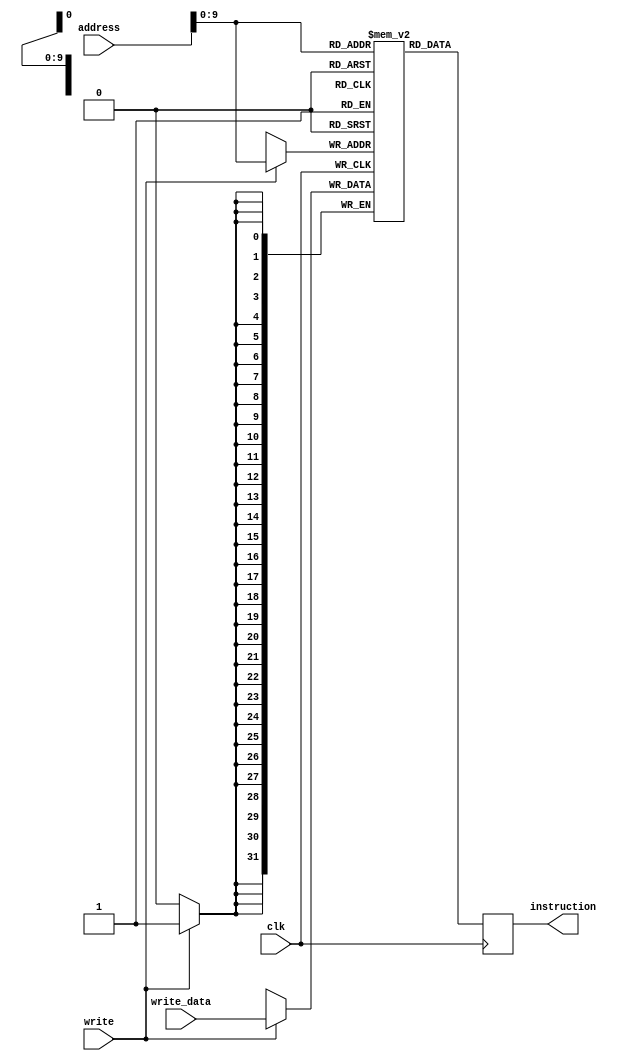
module data_inst(address, write_data, write, instruction, clk);

input clk;

input write;

input[31:0] write_data;

input[31:0] address;

output reg[0:31] instruction;//DATA INST sera a unica em EM BIG ENDIAN

reg[0:31] registers[1000:0];//As instrucoes armazenadas tambem estao em BIG ENDIAN

//wire[0:31] registers[1500:0];

always @(posedge clk)
begin	
	if(write)
	begin
		registers[address] <= write_data;
	end
end

always @(negedge clk)
begin
	instruction <= registers[address];
end

/*assign registers[0] = {32'b01110000000000000000000000000000};
assign registers[1] = {32'b10110001XXXXXXXXXXXXXXXXXXXXXXXX};
assign registers[2] = {32'b01111111000000000000000000000000};
assign registers[3] = {32'b01111101100000000000111111111111};
assign registers[4] = {32'b0110XXXX00000XXXXX11010000000001};
assign registers[5] = {32'b00010101110101101000000000000010};
assign registers[6] = {32'b1000000011010XXXXX11001XXXXXXXXX};
assign registers[7] = {32'b01000000000000000000000001100011};
assign registers[8] = {32'b0110XXXX11010XXXXX11001111111110};
assign registers[9] = {32'b0110XXXX11010XXXXX10100111111111};
assign registers[10] = {32'b0100001010100XXXXXXXXXXXXXXXXXXX};
assign registers[11] = {32'b1000000000010XXXXX11000XXXXXXXXX};
assign registers[12] = {32'b00011000110000010111000XXXXXXXXX};
assign registers[13] = {32'b00010100110000001111000XXXXXXXXX};
assign registers[14] = {32'b00011000110000011111000XXXXXXXXX};
assign registers[15] = {32'b00010100110000010011000XXXXXXXXX};
assign registers[16] = {32'b0100001011111XXXXXXXXXXXXXXXXXXX};
assign registers[17] = {32'b1000000011111XXXXX01010XXXXXXXXX};
assign registers[18] = {32'b0110XXXX11011XXXXX00010000000011};
assign registers[19] = {32'b0110XXXX11011XXXXX00011000000010};
assign registers[20] = {32'b0110XXXX11011XXXXX00101000000001};
assign registers[21] = {32'b00010101110111101100000000000011};
assign registers[22] = {32'b01110010000000000000000000000001};
assign registers[23] = {32'b1000000000000XXXXX00110XXXXXXXXX};
assign registers[24] = {32'b1000000000101XXXXX00111XXXXXXXXX};
assign registers[25] = {32'b01110110100000000000000100000000};
assign registers[26] = {32'b01110111111111111111111111111111};
assign registers[27] = {32'b01000001000000000000000000001011};
assign registers[28] = {32'b1001XXXX0110011000XXXX0010000000};
assign registers[29] = {32'b01000011011000111100000000100011};
assign registers[30] = {32'b010100000011101100XXXXX000000001};
assign registers[31] = {32'b00010101001110011100000000000001};
assign registers[32] = {32'b00010101001100011000000000000001};
assign registers[33] = {32'b00010101110001100000000000000001};
assign registers[34] = {32'b01000000000000000000000000011100};
assign registers[35] = {32'b010100000010100110XXXXX000000000};
assign registers[36] = {32'b1000000000110XXXXX11000XXXXXXXXX};
assign registers[37] = {32'b0100001001010XXXXXXXXXXXXXXXXXXX};
assign registers[38] = {32'b0110XXXX11011XXXXX01100000000010};
assign registers[39] = {32'b0110XXXX11011XXXXX01101000000001};
assign registers[40] = {32'b00010101110111101100000000000010};
assign registers[41] = {32'b01110111000000000000000100000000};
assign registers[42] = {32'b0011XXXX0110001110XXXXXXXXXXXXXX};
assign registers[43] = {32'b10000001XXXXXXXXXX01111XXXXXXXXX};
assign registers[44] = {32'b010100000110101111XXXXX000000001};
assign registers[45] = {32'b10000010XXXXXXXXXX01100XXXXXXXXX};
assign registers[46] = {32'b0011XXXX0110001110XXXXXXXXXXXXXX};
assign registers[47] = {32'b10000001XXXXXXXXXX01111XXXXXXXXX};
assign registers[48] = {32'b010100000110101111XXXXX000000000};
assign registers[49] = {32'b0100001011111XXXXXXXXXXXXXXXXXXX};
assign registers[50] = {32'b00010101110111101100000000000001};
assign registers[51] = {32'b0110XXXX11011XXXXX01101000000000};
assign registers[52] = {32'b1010XXXX0110100000XXXX0000000000};
assign registers[53] = {32'b0100001011111XXXXXXXXXXXXXXXXXXX};
assign registers[54] = {32'b0110XXXX11011XXXXX01100000000100};
assign registers[55] = {32'b0110XXXX11011XXXXX01101000000011};
assign registers[56] = {32'b0110XXXX11011XXXXX01110000000010};
assign registers[57] = {32'b0110XXXX11011XXXXX01111000000001};
assign registers[58] = {32'b00010101110111101100000000000100};
assign registers[59] = {32'b010100000110000000XXXXX000000000};
assign registers[60] = {32'b010100000110000000XXXXX000000001};
assign registers[61] = {32'b010100000110000000XXXXX000000010};
assign registers[62] = {32'b010100000110000000XXXXX000000011};
assign registers[63] = {32'b010100000110000000XXXXX000000100};
assign registers[64] = {32'b010100000110000000XXXXX000000101};
assign registers[65] = {32'b010100000110000000XXXXX000000110};
assign registers[66] = {32'b010100000110000000XXXXX000000111};
assign registers[67] = {32'b010100000110000000XXXXX000001000};
assign registers[68] = {32'b010100000110000000XXXXX000001001};
assign registers[69] = {32'b010100000110000000XXXXX000001010};
assign registers[70] = {32'b010100000110000000XXXXX000001011};
assign registers[71] = {32'b010100000110000000XXXXX000001100};
assign registers[72] = {32'b010100000110000000XXXXX000001101};
assign registers[73] = {32'b010100000110000000XXXXX000001110};
assign registers[74] = {32'b010100000110000000XXXXX000001111};
assign registers[75] = {32'b010100000110000000XXXXX000010000};
assign registers[76] = {32'b010100000110000000XXXXX000010001};
assign registers[77] = {32'b010100000110000000XXXXX000010010};
assign registers[78] = {32'b010100000110000000XXXXX000010011};
assign registers[79] = {32'b010100000110000000XXXXX000010100};
assign registers[80] = {32'b010100000110000000XXXXX000010101};
assign registers[81] = {32'b010100000110000000XXXXX000010110};
assign registers[82] = {32'b010100000110000000XXXXX000010111};
assign registers[83] = {32'b010100000110001101XXXXX000011000};
assign registers[84] = {32'b010100000110001110XXXXX000011001};
assign registers[85] = {32'b010100000110000000XXXXX000011010};
assign registers[86] = {32'b010100000110000000XXXXX000011011};
assign registers[87] = {32'b010100000110000000XXXXX000011100};
assign registers[88] = {32'b010100000110000000XXXXX000011101};
assign registers[89] = {32'b010100000110001111XXXXX000011110};
assign registers[90] = {32'b0100001011111XXXXXXXXXXXXXXXXXXX};
assign registers[91] = {32'b0110XXXX11011XXXXX11100000000011};
assign registers[92] = {32'b1010XXXX1110000000XXXX0000000000};
assign registers[93] = {32'b0110XXXX11011XXXXX11101000000010};
assign registers[94] = {32'b1010XXXX1110100000XXXX0000000000};
assign registers[95] = {32'b0110XXXX11011XXXXX00001000000001};
assign registers[96] = {32'b1010XXXX0000100000XXXX0000000000};
assign registers[97] = {32'b00010101110111101100000000000011};
assign registers[98] = {32'b0100001011111XXXXXXXXXXXXXXXXXXX};
assign registers[99] = {32'b1000000011001XXXXX11010XXXXXXXXX};
assign registers[100] = {32'b00010101110011100100000000010101};
assign registers[101] = {32'b00010101110011100100000010001000};
assign registers[102] = {32'b00010101110011100100000000000010};
assign registers[103] = {32'b01111010000000000000000000000001};
assign registers[104] = {32'b01111010100000000000000000010101};
assign registers[105] = {32'b00010100101011101010101XXXXXXXXX};
assign registers[106] = {32'b00010100101011010010101XXXXXXXXX};
assign registers[107] = {32'b0110XXXX10101XXXXX10101000000000};
assign registers[108] = {32'b01111011000000000000000000000000};
assign registers[109] = {32'b01000011101011011000000001101111};
assign registers[110] = {32'b01000000000000000000001011001110};
assign registers[111] = {32'b01111010000000000000000000000001};
assign registers[112] = {32'b010100001101110100XXXXX000000000};
assign registers[113] = {32'b00010101110111101111111111111111};
assign registers[114] = {32'b01111010000000000000000000000000};
assign registers[115] = {32'b010100001101110100XXXXX000000000};
assign registers[116] = {32'b00010101110111101111111111111111};
assign registers[117] = {32'b01111010000000000000000000000000};
assign registers[118] = {32'b00010100101001101010100XXXXXXXXX};
assign registers[119] = {32'b010100001101110100XXXXX000000000};
assign registers[120] = {32'b00010101110111101111111111111111};
assign registers[121] = {32'b010100001100100010XXXXX000000000};
assign registers[122] = {32'b010100001100100011XXXXX000000001};
assign registers[123] = {32'b010100001100100100XXXXX000000010};
assign registers[124] = {32'b010100001100100101XXXXX000000011};
assign registers[125] = {32'b010100001100100110XXXXX000000100};
assign registers[126] = {32'b010100001100100111XXXXX000000101};
assign registers[127] = {32'b010100001100101000XXXXX000000110};
assign registers[128] = {32'b010100001100101001XXXXX000000111};
assign registers[129] = {32'b00010101110011100100000000001000};
assign registers[130] = {32'b010100001100111010XXXXX000000000};
assign registers[131] = {32'b00010101110011100100000000000001};
assign registers[132] = {32'b01000001000000000000000000010001};
assign registers[133] = {32'b00010101110011100111111111111111};
assign registers[134] = {32'b0110XXXX11001XXXXX11010000000000};
assign registers[135] = {32'b00010101110011100111111111111000};
assign registers[136] = {32'b0110XXXX11001XXXXX00010000000000};
assign registers[137] = {32'b0110XXXX11001XXXXX00011000000001};
assign registers[138] = {32'b0110XXXX11001XXXXX00100000000010};
assign registers[139] = {32'b0110XXXX11001XXXXX00101000000011};
assign registers[140] = {32'b0110XXXX11001XXXXX00110000000100};
assign registers[141] = {32'b0110XXXX11001XXXXX00111000000101};
assign registers[142] = {32'b0110XXXX11001XXXXX01000000000110};
assign registers[143] = {32'b0110XXXX11001XXXXX01001000000111};
assign registers[144] = {32'b01111010000000000000000000000000};
assign registers[145] = {32'b01111010100000000000000000000000};
assign registers[146] = {32'b00010100101011101010101XXXXXXXXX};
assign registers[147] = {32'b00010100101011010010101XXXXXXXXX};
assign registers[148] = {32'b0110XXXX10101XXXXX10101000000000};
assign registers[149] = {32'b01111011000000000000000000000010};
assign registers[150] = {32'b00010100101011011001100XXXXXXXXX};
assign registers[151] = {32'b01111010000000000001000000000000};
assign registers[152] = {32'b0011XXXX1010001100XXXXXXXXXXXXXX};
assign registers[153] = {32'b10000010XXXXXXXXXX00100XXXXXXXXX};
assign registers[154] = {32'b01111010000000000000000000000000};
assign registers[155] = {32'b1000000010100XXXXX00010XXXXXXXXX};
assign registers[156] = {32'b1000000000100XXXXX00101XXXXXXXXX};
assign registers[157] = {32'b01111010000000000000000000000000};
assign registers[158] = {32'b01111010100000000000000000000000};
assign registers[159] = {32'b00010100101011101010101XXXXXXXXX};
assign registers[160] = {32'b00010100101011010010101XXXXXXXXX};
assign registers[161] = {32'b0110XXXX10101XXXXX10101000000000};
assign registers[162] = {32'b01000101000101010100000010100100};
assign registers[163] = {32'b01000000000000000000001011000000};
assign registers[164] = {32'b00010100001010010000110XXXXXXXXX};
assign registers[165] = {32'b01111010000000000000000000000001};
assign registers[166] = {32'b00010110001101010000110XXXXXXXXX};
assign registers[167] = {32'b01111010000000000000000000000001};
assign registers[168] = {32'b00010100000101010001101XXXXXXXXX};
assign registers[169] = {32'b01111010000000000000000000000000};
assign registers[170] = {32'b00010100101001101010100XXXXXXXXX};
assign registers[171] = {32'b00010100101000110110100XXXXXXXXX};
assign registers[172] = {32'b0110XXXX10100XXXXX10100000000000};
assign registers[173] = {32'b010100001101110100XXXXX000000000};
assign registers[174] = {32'b00010101110111101111111111111111};
assign registers[175] = {32'b01111010000000000000000010011101};
assign registers[176] = {32'b00010100101001101010100XXXXXXXXX};
assign registers[177] = {32'b010100001101110100XXXXX000000000};
assign registers[178] = {32'b00010101110111101111111111111111};
assign registers[179] = {32'b010100001100100010XXXXX000000000};
assign registers[180] = {32'b010100001100100011XXXXX000000001};
assign registers[181] = {32'b010100001100100100XXXXX000000010};
assign registers[182] = {32'b010100001100100101XXXXX000000011};
assign registers[183] = {32'b010100001100100110XXXXX000000100};
assign registers[184] = {32'b010100001100100111XXXXX000000101};
assign registers[185] = {32'b010100001100101000XXXXX000000110};
assign registers[186] = {32'b010100001100101001XXXXX000000111};
assign registers[187] = {32'b00010101110011100100000000001000};
assign registers[188] = {32'b010100001100101100XXXXX000000000};
assign registers[189] = {32'b010100001100101101XXXXX000000001};
assign registers[190] = {32'b00010101110011100100000000000010};
assign registers[191] = {32'b010100001100111010XXXXX000000000};
assign registers[192] = {32'b00010101110011100100000000000001};
assign registers[193] = {32'b01000001000000000000000000100110};
assign registers[194] = {32'b00010101110011100111111111111111};
assign registers[195] = {32'b0110XXXX11001XXXXX11010000000000};
assign registers[196] = {32'b00010101110011100111111111111110};
assign registers[197] = {32'b0110XXXX11001XXXXX01100000000000};
assign registers[198] = {32'b0110XXXX11001XXXXX01101000000001};
assign registers[199] = {32'b00010101110011100111111111111000};
assign registers[200] = {32'b0110XXXX11001XXXXX00010000000000};
assign registers[201] = {32'b0110XXXX11001XXXXX00011000000001};
assign registers[202] = {32'b0110XXXX11001XXXXX00100000000010};
assign registers[203] = {32'b0110XXXX11001XXXXX00101000000011};
assign registers[204] = {32'b0110XXXX11001XXXXX00110000000100};
assign registers[205] = {32'b0110XXXX11001XXXXX00111000000101};
assign registers[206] = {32'b0110XXXX11001XXXXX01000000000110};
assign registers[207] = {32'b0110XXXX11001XXXXX01001000000111};
assign registers[208] = {32'b01111010000000000000000000000000};
assign registers[209] = {32'b01111010100000000000000010011101};
assign registers[210] = {32'b00010100101011101010101XXXXXXXXX};
assign registers[211] = {32'b00010100101011010010101XXXXXXXXX};
assign registers[212] = {32'b0110XXXX10101XXXXX10101000000000};
assign registers[213] = {32'b010100001101110101XXXXX000000000};
assign registers[214] = {32'b00010101110111101111111111111111};
assign registers[215] = {32'b01111010000000000000000000000001};
assign registers[216] = {32'b01111010100000000000000010011101};
assign registers[217] = {32'b00010100101011101010101XXXXXXXXX};
assign registers[218] = {32'b00010100101011010010101XXXXXXXXX};
assign registers[219] = {32'b0110XXXX10101XXXXX10101000000000};
assign registers[220] = {32'b010100001101110101XXXXX000000000};
assign registers[221] = {32'b00010101110111101111111111111111};
assign registers[222] = {32'b010100001101100101XXXXX000000000};
assign registers[223] = {32'b00010101110111101111111111111111};
assign registers[224] = {32'b010100001100100010XXXXX000000000};
assign registers[225] = {32'b010100001100100011XXXXX000000001};
assign registers[226] = {32'b010100001100100100XXXXX000000010};
assign registers[227] = {32'b010100001100100101XXXXX000000011};
assign registers[228] = {32'b010100001100100110XXXXX000000100};
assign registers[229] = {32'b010100001100100111XXXXX000000101};
assign registers[230] = {32'b010100001100101000XXXXX000000110};
assign registers[231] = {32'b010100001100101001XXXXX000000111};
assign registers[232] = {32'b00010101110011100100000000001000};
assign registers[233] = {32'b010100001100101100XXXXX000000000};
assign registers[234] = {32'b010100001100101101XXXXX000000001};
assign registers[235] = {32'b00010101110011100100000000000010};
assign registers[236] = {32'b010100001100111010XXXXX000000000};
assign registers[237] = {32'b00010101110011100100000000000001};
assign registers[238] = {32'b01000001000000000000000000010001};
assign registers[239] = {32'b00010101110011100111111111111111};
assign registers[240] = {32'b0110XXXX11001XXXXX11010000000000};
assign registers[241] = {32'b00010101110011100111111111111110};
assign registers[242] = {32'b0110XXXX11001XXXXX01100000000000};
assign registers[243] = {32'b0110XXXX11001XXXXX01101000000001};
assign registers[244] = {32'b00010101110011100111111111111000};
assign registers[245] = {32'b0110XXXX11001XXXXX00010000000000};
assign registers[246] = {32'b0110XXXX11001XXXXX00011000000001};
assign registers[247] = {32'b0110XXXX11001XXXXX00100000000010};
assign registers[248] = {32'b0110XXXX11001XXXXX00101000000011};
assign registers[249] = {32'b0110XXXX11001XXXXX00110000000100};
assign registers[250] = {32'b0110XXXX11001XXXXX00111000000101};
assign registers[251] = {32'b0110XXXX11001XXXXX01000000000110};
assign registers[252] = {32'b0110XXXX11001XXXXX01001000000111};
assign registers[253] = {32'b1000000011000XXXXX00011XXXXXXXXX};
assign registers[254] = {32'b01111010000000000000000000000001};
assign registers[255] = {32'b00010100001011010000101XXXXXXXXX};
assign registers[256] = {32'b01111010000000000000000000000111};
assign registers[257] = {32'b0010XXXX1010000010XXXXXXXXXXXXXX};
assign registers[258] = {32'b10000010XXXXXXXXXX00111XXXXXXXXX};
assign registers[259] = {32'b01111010000000000000000000000011};
assign registers[260] = {32'b00010100001111010000111XXXXXXXXX};
assign registers[261] = {32'b01111010100000000000000000000001};
assign registers[262] = {32'b00010100000101010110100XXXXXXXXX};
assign registers[263] = {32'b01111011000000000000000000010101};
assign registers[264] = {32'b00010100101101101010110XXXXXXXXX};
assign registers[265] = {32'b00010100101100011110111XXXXXXXXX};
assign registers[266] = {32'b010100001011110100XXXXX000000000};
assign registers[267] = {32'b01111010000000000000000000010101};
assign registers[268] = {32'b00010100101001101010100XXXXXXXXX};
assign registers[269] = {32'b00010100101000011110100XXXXXXXXX};
assign registers[270] = {32'b0110XXXX10100XXXXX10100000000000};
assign registers[271] = {32'b010100001101110100XXXXX000000000};
assign registers[272] = {32'b00010101110111101111111111111111};
assign registers[273] = {32'b010100001100100010XXXXX000000000};
assign registers[274] = {32'b010100001100100011XXXXX000000001};
assign registers[275] = {32'b010100001100100100XXXXX000000010};
assign registers[276] = {32'b010100001100100101XXXXX000000011};
assign registers[277] = {32'b010100001100100110XXXXX000000100};
assign registers[278] = {32'b010100001100100111XXXXX000000101};
assign registers[279] = {32'b010100001100101000XXXXX000000110};
assign registers[280] = {32'b010100001100101001XXXXX000000111};
assign registers[281] = {32'b00010101110011100100000000001000};
assign registers[282] = {32'b010100001100101100XXXXX000000000};
assign registers[283] = {32'b010100001100101101XXXXX000000001};
assign registers[284] = {32'b00010101110011100100000000000010};
assign registers[285] = {32'b010100001100111010XXXXX000000000};
assign registers[286] = {32'b00010101110011100100000000000001};
assign registers[287] = {32'b01000001000000000000000000110010};
assign registers[288] = {32'b00010101110011100111111111111111};
assign registers[289] = {32'b0110XXXX11001XXXXX11010000000000};
assign registers[290] = {32'b00010101110011100111111111111110};
assign registers[291] = {32'b0110XXXX11001XXXXX01100000000000};
assign registers[292] = {32'b0110XXXX11001XXXXX01101000000001};
assign registers[293] = {32'b00010101110011100111111111111000};
assign registers[294] = {32'b0110XXXX11001XXXXX00010000000000};
assign registers[295] = {32'b0110XXXX11001XXXXX00011000000001};
assign registers[296] = {32'b0110XXXX11001XXXXX00100000000010};
assign registers[297] = {32'b0110XXXX11001XXXXX00101000000011};
assign registers[298] = {32'b0110XXXX11001XXXXX00110000000100};
assign registers[299] = {32'b0110XXXX11001XXXXX00111000000101};
assign registers[300] = {32'b0110XXXX11001XXXXX01000000000110};
assign registers[301] = {32'b0110XXXX11001XXXXX01001000000111};
assign registers[302] = {32'b01111010000000000000000000000001};
assign registers[303] = {32'b00010100001111010000111XXXXXXXXX};
assign registers[304] = {32'b01111010000000000000000000000000};
assign registers[305] = {32'b1000000010100XXXXX10101XXXXXXXXX};
assign registers[306] = {32'b01111011000000000000000000010101};
assign registers[307] = {32'b00010100101101101010110XXXXXXXXX};
assign registers[308] = {32'b00010100101100011110111XXXXXXXXX};
assign registers[309] = {32'b010100001011110101XXXXX000000000};
assign registers[310] = {32'b01111010000000000000000000010101};
assign registers[311] = {32'b00010100101001101010100XXXXXXXXX};
assign registers[312] = {32'b00010100101000011110100XXXXXXXXX};
assign registers[313] = {32'b0110XXXX10100XXXXX10100000000000};
assign registers[314] = {32'b010100001101110100XXXXX000000000};
assign registers[315] = {32'b00010101110111101111111111111111};
assign registers[316] = {32'b010100001100100010XXXXX000000000};
assign registers[317] = {32'b010100001100100011XXXXX000000001};
assign registers[318] = {32'b010100001100100100XXXXX000000010};
assign registers[319] = {32'b010100001100100101XXXXX000000011};
assign registers[320] = {32'b010100001100100110XXXXX000000100};
assign registers[321] = {32'b010100001100100111XXXXX000000101};
assign registers[322] = {32'b010100001100101000XXXXX000000110};
assign registers[323] = {32'b010100001100101001XXXXX000000111};
assign registers[324] = {32'b00010101110011100100000000001000};
assign registers[325] = {32'b010100001100101100XXXXX000000000};
assign registers[326] = {32'b010100001100101101XXXXX000000001};
assign registers[327] = {32'b00010101110011100100000000000010};
assign registers[328] = {32'b010100001100111010XXXXX000000000};
assign registers[329] = {32'b00010101110011100100000000000001};
assign registers[330] = {32'b01000001000000000000000000110010};
assign registers[331] = {32'b00010101110011100111111111111111};
assign registers[332] = {32'b0110XXXX11001XXXXX11010000000000};
assign registers[333] = {32'b00010101110011100111111111111110};
assign registers[334] = {32'b0110XXXX11001XXXXX01100000000000};
assign registers[335] = {32'b0110XXXX11001XXXXX01101000000001};
assign registers[336] = {32'b00010101110011100111111111111000};
assign registers[337] = {32'b0110XXXX11001XXXXX00010000000000};
assign registers[338] = {32'b0110XXXX11001XXXXX00011000000001};
assign registers[339] = {32'b0110XXXX11001XXXXX00100000000010};
assign registers[340] = {32'b0110XXXX11001XXXXX00101000000011};
assign registers[341] = {32'b0110XXXX11001XXXXX00110000000100};
assign registers[342] = {32'b0110XXXX11001XXXXX00111000000101};
assign registers[343] = {32'b0110XXXX11001XXXXX01000000000110};
assign registers[344] = {32'b0110XXXX11001XXXXX01001000000111};
assign registers[345] = {32'b01111010000000000000000000000001};
assign registers[346] = {32'b00010100001111010000111XXXXXXXXX};
assign registers[347] = {32'b1000000000101XXXXX10100XXXXXXXXX};
assign registers[348] = {32'b01111010100000000000000000010101};
assign registers[349] = {32'b00010100101011101010101XXXXXXXXX};
assign registers[350] = {32'b00010100101010011110110XXXXXXXXX};
assign registers[351] = {32'b010100001011010100XXXXX000000000};
assign registers[352] = {32'b01111010000000000000000000010101};
assign registers[353] = {32'b00010100101001101010100XXXXXXXXX};
assign registers[354] = {32'b00010100101000011110100XXXXXXXXX};
assign registers[355] = {32'b0110XXXX10100XXXXX10100000000000};
assign registers[356] = {32'b010100001101110100XXXXX000000000};
assign registers[357] = {32'b00010101110111101111111111111111};
assign registers[358] = {32'b010100001100100010XXXXX000000000};
assign registers[359] = {32'b010100001100100011XXXXX000000001};
assign registers[360] = {32'b010100001100100100XXXXX000000010};
assign registers[361] = {32'b010100001100100101XXXXX000000011};
assign registers[362] = {32'b010100001100100110XXXXX000000100};
assign registers[363] = {32'b010100001100100111XXXXX000000101};
assign registers[364] = {32'b010100001100101000XXXXX000000110};
assign registers[365] = {32'b010100001100101001XXXXX000000111};
assign registers[366] = {32'b00010101110011100100000000001000};
assign registers[367] = {32'b010100001100101100XXXXX000000000};
assign registers[368] = {32'b010100001100101101XXXXX000000001};
assign registers[369] = {32'b00010101110011100100000000000010};
assign registers[370] = {32'b010100001100111010XXXXX000000000};
assign registers[371] = {32'b00010101110011100100000000000001};
assign registers[372] = {32'b01000001000000000000000000110010};
assign registers[373] = {32'b00010101110011100111111111111111};
assign registers[374] = {32'b0110XXXX11001XXXXX11010000000000};
assign registers[375] = {32'b00010101110011100111111111111110};
assign registers[376] = {32'b0110XXXX11001XXXXX01100000000000};
assign registers[377] = {32'b0110XXXX11001XXXXX01101000000001};
assign registers[378] = {32'b00010101110011100111111111111000};
assign registers[379] = {32'b0110XXXX11001XXXXX00010000000000};
assign registers[380] = {32'b0110XXXX11001XXXXX00011000000001};
assign registers[381] = {32'b0110XXXX11001XXXXX00100000000010};
assign registers[382] = {32'b0110XXXX11001XXXXX00101000000011};
assign registers[383] = {32'b0110XXXX11001XXXXX00110000000100};
assign registers[384] = {32'b0110XXXX11001XXXXX00111000000101};
assign registers[385] = {32'b0110XXXX11001XXXXX01000000000110};
assign registers[386] = {32'b0110XXXX11001XXXXX01001000000111};
assign registers[387] = {32'b01111010000000000000000000000001};
assign registers[388] = {32'b00010100001111010000111XXXXXXXXX};
assign registers[389] = {32'b1000000000011XXXXX10100XXXXXXXXX};
assign registers[390] = {32'b01111010100000000000000000010101};
assign registers[391] = {32'b00010100101011101010101XXXXXXXXX};
assign registers[392] = {32'b00010100101010011110110XXXXXXXXX};
assign registers[393] = {32'b010100001011010100XXXXX000000000};
assign registers[394] = {32'b01111010000000000000000000010101};
assign registers[395] = {32'b00010100101001101010100XXXXXXXXX};
assign registers[396] = {32'b00010100101000011110100XXXXXXXXX};
assign registers[397] = {32'b0110XXXX10100XXXXX10100000000000};
assign registers[398] = {32'b010100001101110100XXXXX000000000};
assign registers[399] = {32'b00010101110111101111111111111111};
assign registers[400] = {32'b010100001100100010XXXXX000000000};
assign registers[401] = {32'b010100001100100011XXXXX000000001};
assign registers[402] = {32'b010100001100100100XXXXX000000010};
assign registers[403] = {32'b010100001100100101XXXXX000000011};
assign registers[404] = {32'b010100001100100110XXXXX000000100};
assign registers[405] = {32'b010100001100100111XXXXX000000101};
assign registers[406] = {32'b010100001100101000XXXXX000000110};
assign registers[407] = {32'b010100001100101001XXXXX000000111};
assign registers[408] = {32'b00010101110011100100000000001000};
assign registers[409] = {32'b010100001100101100XXXXX000000000};
assign registers[410] = {32'b010100001100101101XXXXX000000001};
assign registers[411] = {32'b00010101110011100100000000000010};
assign registers[412] = {32'b010100001100111010XXXXX000000000};
assign registers[413] = {32'b00010101110011100100000000000001};
assign registers[414] = {32'b01000001000000000000000000110010};
assign registers[415] = {32'b00010101110011100111111111111111};
assign registers[416] = {32'b0110XXXX11001XXXXX11010000000000};
assign registers[417] = {32'b00010101110011100111111111111110};
assign registers[418] = {32'b0110XXXX11001XXXXX01100000000000};
assign registers[419] = {32'b0110XXXX11001XXXXX01101000000001};
assign registers[420] = {32'b00010101110011100111111111111000};
assign registers[421] = {32'b0110XXXX11001XXXXX00010000000000};
assign registers[422] = {32'b0110XXXX11001XXXXX00011000000001};
assign registers[423] = {32'b0110XXXX11001XXXXX00100000000010};
assign registers[424] = {32'b0110XXXX11001XXXXX00101000000011};
assign registers[425] = {32'b0110XXXX11001XXXXX00110000000100};
assign registers[426] = {32'b0110XXXX11001XXXXX00111000000101};
assign registers[427] = {32'b0110XXXX11001XXXXX01000000000110};
assign registers[428] = {32'b0110XXXX11001XXXXX01001000000111};
assign registers[429] = {32'b01111010000000000000000000000001};
assign registers[430] = {32'b00010100001111010000111XXXXXXXXX};
assign registers[431] = {32'b00010100001010001100101XXXXXXXXX};
assign registers[432] = {32'b1000000000101XXXXX01000XXXXXXXXX};
assign registers[433] = {32'b1000000000101XXXXX10100XXXXXXXXX};
assign registers[434] = {32'b01111010100000000000000000010101};
assign registers[435] = {32'b00010100101011101010101XXXXXXXXX};
assign registers[436] = {32'b00010100101010011110110XXXXXXXXX};
assign registers[437] = {32'b010100001011010100XXXXX000000000};
assign registers[438] = {32'b01111010000000000000000000010101};
assign registers[439] = {32'b00010100101001101010100XXXXXXXXX};
assign registers[440] = {32'b00010100101000011110100XXXXXXXXX};
assign registers[441] = {32'b0110XXXX10100XXXXX10100000000000};
assign registers[442] = {32'b010100001101110100XXXXX000000000};
assign registers[443] = {32'b00010101110111101111111111111111};
assign registers[444] = {32'b010100001100100010XXXXX000000000};
assign registers[445] = {32'b010100001100100011XXXXX000000001};
assign registers[446] = {32'b010100001100100100XXXXX000000010};
assign registers[447] = {32'b010100001100100101XXXXX000000011};
assign registers[448] = {32'b010100001100100110XXXXX000000100};
assign registers[449] = {32'b010100001100100111XXXXX000000101};
assign registers[450] = {32'b010100001100101000XXXXX000000110};
assign registers[451] = {32'b010100001100101001XXXXX000000111};
assign registers[452] = {32'b00010101110011100100000000001000};
assign registers[453] = {32'b010100001100101100XXXXX000000000};
assign registers[454] = {32'b010100001100101101XXXXX000000001};
assign registers[455] = {32'b00010101110011100100000000000010};
assign registers[456] = {32'b010100001100111010XXXXX000000000};
assign registers[457] = {32'b00010101110011100100000000000001};
assign registers[458] = {32'b01000001000000000000000000110010};
assign registers[459] = {32'b00010101110011100111111111111111};
assign registers[460] = {32'b0110XXXX11001XXXXX11010000000000};
assign registers[461] = {32'b00010101110011100111111111111110};
assign registers[462] = {32'b0110XXXX11001XXXXX01100000000000};
assign registers[463] = {32'b0110XXXX11001XXXXX01101000000001};
assign registers[464] = {32'b00010101110011100111111111111000};
assign registers[465] = {32'b0110XXXX11001XXXXX00010000000000};
assign registers[466] = {32'b0110XXXX11001XXXXX00011000000001};
assign registers[467] = {32'b0110XXXX11001XXXXX00100000000010};
assign registers[468] = {32'b0110XXXX11001XXXXX00101000000011};
assign registers[469] = {32'b0110XXXX11001XXXXX00110000000100};
assign registers[470] = {32'b0110XXXX11001XXXXX00111000000101};
assign registers[471] = {32'b0110XXXX11001XXXXX01000000000110};
assign registers[472] = {32'b0110XXXX11001XXXXX01001000000111};
assign registers[473] = {32'b01111010000000000000000000000001};
assign registers[474] = {32'b00010100001111010000111XXXXXXXXX};
assign registers[475] = {32'b01111010000000000000000000101000};
assign registers[476] = {32'b00010100001011010000101XXXXXXXXX};
assign registers[477] = {32'b1000000000101XXXXX10100XXXXXXXXX};
assign registers[478] = {32'b01111010100000000000000000010101};
assign registers[479] = {32'b00010100101011101010101XXXXXXXXX};
assign registers[480] = {32'b00010100101010011110110XXXXXXXXX};
assign registers[481] = {32'b010100001011010100XXXXX000000000};
assign registers[482] = {32'b01111010000000000000000000010101};
assign registers[483] = {32'b00010100101001101010100XXXXXXXXX};
assign registers[484] = {32'b00010100101000011110100XXXXXXXXX};
assign registers[485] = {32'b0110XXXX10100XXXXX10100000000000};
assign registers[486] = {32'b010100001101110100XXXXX000000000};
assign registers[487] = {32'b00010101110111101111111111111111};
assign registers[488] = {32'b010100001100100010XXXXX000000000};
assign registers[489] = {32'b010100001100100011XXXXX000000001};
assign registers[490] = {32'b010100001100100100XXXXX000000010};
assign registers[491] = {32'b010100001100100101XXXXX000000011};
assign registers[492] = {32'b010100001100100110XXXXX000000100};
assign registers[493] = {32'b010100001100100111XXXXX000000101};
assign registers[494] = {32'b010100001100101000XXXXX000000110};
assign registers[495] = {32'b010100001100101001XXXXX000000111};
assign registers[496] = {32'b00010101110011100100000000001000};
assign registers[497] = {32'b010100001100101100XXXXX000000000};
assign registers[498] = {32'b010100001100101101XXXXX000000001};
assign registers[499] = {32'b00010101110011100100000000000010};
assign registers[500] = {32'b010100001100111010XXXXX000000000};
assign registers[501] = {32'b00010101110011100100000000000001};
assign registers[502] = {32'b01000001000000000000000000110010};
assign registers[503] = {32'b00010101110011100111111111111111};
assign registers[504] = {32'b0110XXXX11001XXXXX11010000000000};
assign registers[505] = {32'b00010101110011100111111111111110};
assign registers[506] = {32'b0110XXXX11001XXXXX01100000000000};
assign registers[507] = {32'b0110XXXX11001XXXXX01101000000001};
assign registers[508] = {32'b00010101110011100111111111111000};
assign registers[509] = {32'b0110XXXX11001XXXXX00010000000000};
assign registers[510] = {32'b0110XXXX11001XXXXX00011000000001};
assign registers[511] = {32'b0110XXXX11001XXXXX00100000000010};
assign registers[512] = {32'b0110XXXX11001XXXXX00101000000011};
assign registers[513] = {32'b0110XXXX11001XXXXX00110000000100};
assign registers[514] = {32'b0110XXXX11001XXXXX00111000000101};
assign registers[515] = {32'b0110XXXX11001XXXXX01000000000110};
assign registers[516] = {32'b0110XXXX11001XXXXX01001000000111};
assign registers[517] = {32'b01111010000000000000000000000001};
assign registers[518] = {32'b00010100001111010000111XXXXXXXXX};
assign registers[519] = {32'b1000000000110XXXXX10100XXXXXXXXX};
assign registers[520] = {32'b01111010100000000000000000010101};
assign registers[521] = {32'b00010100101011101010101XXXXXXXXX};
assign registers[522] = {32'b00010100101010011110110XXXXXXXXX};
assign registers[523] = {32'b010100001011010100XXXXX000000000};
assign registers[524] = {32'b01111010000000000000000000010101};
assign registers[525] = {32'b00010100101001101010100XXXXXXXXX};
assign registers[526] = {32'b00010100101000011110100XXXXXXXXX};
assign registers[527] = {32'b0110XXXX10100XXXXX10100000000000};
assign registers[528] = {32'b010100001101110100XXXXX000000000};
assign registers[529] = {32'b00010101110111101111111111111111};
assign registers[530] = {32'b010100001100100010XXXXX000000000};
assign registers[531] = {32'b010100001100100011XXXXX000000001};
assign registers[532] = {32'b010100001100100100XXXXX000000010};
assign registers[533] = {32'b010100001100100101XXXXX000000011};
assign registers[534] = {32'b010100001100100110XXXXX000000100};
assign registers[535] = {32'b010100001100100111XXXXX000000101};
assign registers[536] = {32'b010100001100101000XXXXX000000110};
assign registers[537] = {32'b010100001100101001XXXXX000000111};
assign registers[538] = {32'b00010101110011100100000000001000};
assign registers[539] = {32'b010100001100101100XXXXX000000000};
assign registers[540] = {32'b010100001100101101XXXXX000000001};
assign registers[541] = {32'b00010101110011100100000000000010};
assign registers[542] = {32'b010100001100111010XXXXX000000000};
assign registers[543] = {32'b00010101110011100100000000000001};
assign registers[544] = {32'b01000001000000000000000000110010};
assign registers[545] = {32'b00010101110011100111111111111111};
assign registers[546] = {32'b0110XXXX11001XXXXX11010000000000};
assign registers[547] = {32'b00010101110011100111111111111110};
assign registers[548] = {32'b0110XXXX11001XXXXX01100000000000};
assign registers[549] = {32'b0110XXXX11001XXXXX01101000000001};
assign registers[550] = {32'b00010101110011100111111111111000};
assign registers[551] = {32'b0110XXXX11001XXXXX00010000000000};
assign registers[552] = {32'b0110XXXX11001XXXXX00011000000001};
assign registers[553] = {32'b0110XXXX11001XXXXX00100000000010};
assign registers[554] = {32'b0110XXXX11001XXXXX00101000000011};
assign registers[555] = {32'b0110XXXX11001XXXXX00110000000100};
assign registers[556] = {32'b0110XXXX11001XXXXX00111000000101};
assign registers[557] = {32'b0110XXXX11001XXXXX01000000000110};
assign registers[558] = {32'b0110XXXX11001XXXXX01001000000111};
assign registers[559] = {32'b01111010000000000000000000000001};
assign registers[560] = {32'b00010100000101010001001XXXXXXXXX};
assign registers[561] = {32'b010100001101101000XXXXX000000000};
assign registers[562] = {32'b00010101110111101111111111111111};
assign registers[563] = {32'b010100001101100101XXXXX000000000};
assign registers[564] = {32'b00010101110111101111111111111111};
assign registers[565] = {32'b010100001101100110XXXXX000000000};
assign registers[566] = {32'b00010101110111101111111111111111};
assign registers[567] = {32'b010100001101101001XXXXX000000000};
assign registers[568] = {32'b00010101110111101111111111111111};
assign registers[569] = {32'b010100001100100010XXXXX000000000};
assign registers[570] = {32'b010100001100100011XXXXX000000001};
assign registers[571] = {32'b010100001100100100XXXXX000000010};
assign registers[572] = {32'b010100001100100101XXXXX000000011};
assign registers[573] = {32'b010100001100100110XXXXX000000100};
assign registers[574] = {32'b010100001100100111XXXXX000000101};
assign registers[575] = {32'b010100001100101000XXXXX000000110};
assign registers[576] = {32'b010100001100101001XXXXX000000111};
assign registers[577] = {32'b00010101110011100100000000001000};
assign registers[578] = {32'b010100001100101100XXXXX000000000};
assign registers[579] = {32'b010100001100101101XXXXX000000001};
assign registers[580] = {32'b00010101110011100100000000000010};
assign registers[581] = {32'b010100001100111010XXXXX000000000};
assign registers[582] = {32'b00010101110011100100000000000001};
assign registers[583] = {32'b01000001000000000000000000110110};
assign registers[584] = {32'b00010101110011100111111111111111};
assign registers[585] = {32'b0110XXXX11001XXXXX11010000000000};
assign registers[586] = {32'b00010101110011100111111111111110};
assign registers[587] = {32'b0110XXXX11001XXXXX01100000000000};
assign registers[588] = {32'b0110XXXX11001XXXXX01101000000001};
assign registers[589] = {32'b00010101110011100111111111111000};
assign registers[590] = {32'b0110XXXX11001XXXXX00010000000000};
assign registers[591] = {32'b0110XXXX11001XXXXX00011000000001};
assign registers[592] = {32'b0110XXXX11001XXXXX00100000000010};
assign registers[593] = {32'b0110XXXX11001XXXXX00101000000011};
assign registers[594] = {32'b0110XXXX11001XXXXX00110000000100};
assign registers[595] = {32'b0110XXXX11001XXXXX00111000000101};
assign registers[596] = {32'b0110XXXX11001XXXXX01000000000110};
assign registers[597] = {32'b0110XXXX11001XXXXX01001000000111};
assign registers[598] = {32'b01111010000000000000000000000001};
assign registers[599] = {32'b00010100000101010000010XXXXXXXXX};
assign registers[600] = {32'b01111010000000000000000000000001};
assign registers[601] = {32'b00010100001101010000110XXXXXXXXX};
assign registers[602] = {32'b1000000000110XXXXX00101XXXXXXXXX};
assign registers[603] = {32'b01111010000000000000000000000001};
assign registers[604] = {32'b01111010100000000000000000010101};
assign registers[605] = {32'b00010100101011101010101XXXXXXXXX};
assign registers[606] = {32'b00010100101011010010101XXXXXXXXX};
assign registers[607] = {32'b0110XXXX10101XXXXX10101000000000};
assign registers[608] = {32'b1000000010101XXXXX00111XXXXXXXXX};
assign registers[609] = {32'b01111010000000000000000000000001};
assign registers[610] = {32'b00010100001111010000111XXXXXXXXX};
assign registers[611] = {32'b1000000000111XXXXX10100XXXXXXXXX};
assign registers[612] = {32'b01111010100000000000000000010101};
assign registers[613] = {32'b00010100101011101010101XXXXXXXXX};
assign registers[614] = {32'b01111011000000000000000000000001};
assign registers[615] = {32'b00010100101011011010110XXXXXXXXX};
assign registers[616] = {32'b010100001011010100XXXXX000000000};
assign registers[617] = {32'b01111010000000000000000000000001};
assign registers[618] = {32'b01111010100000000000000000010101};
assign registers[619] = {32'b00010100101011101010101XXXXXXXXX};
assign registers[620] = {32'b00010100101011010010101XXXXXXXXX};
assign registers[621] = {32'b0110XXXX10101XXXXX10101000000000};
assign registers[622] = {32'b010100001101110101XXXXX000000000};
assign registers[623] = {32'b00010101110111101111111111111111};
assign registers[624] = {32'b010100001100100010XXXXX000000000};
assign registers[625] = {32'b010100001100100011XXXXX000000001};
assign registers[626] = {32'b010100001100100100XXXXX000000010};
assign registers[627] = {32'b010100001100100101XXXXX000000011};
assign registers[628] = {32'b010100001100100110XXXXX000000100};
assign registers[629] = {32'b010100001100100111XXXXX000000101};
assign registers[630] = {32'b010100001100101000XXXXX000000110};
assign registers[631] = {32'b010100001100101001XXXXX000000111};
assign registers[632] = {32'b00010101110011100100000000001000};
assign registers[633] = {32'b010100001100101100XXXXX000000000};
assign registers[634] = {32'b010100001100101101XXXXX000000001};
assign registers[635] = {32'b00010101110011100100000000000010};
assign registers[636] = {32'b010100001100111010XXXXX000000000};
assign registers[637] = {32'b00010101110011100100000000000001};
assign registers[638] = {32'b01000001000000000000000000110010};
assign registers[639] = {32'b00010101110011100111111111111111};
assign registers[640] = {32'b0110XXXX11001XXXXX11010000000000};
assign registers[641] = {32'b00010101110011100111111111111110};
assign registers[642] = {32'b0110XXXX11001XXXXX01100000000000};
assign registers[643] = {32'b0110XXXX11001XXXXX01101000000001};
assign registers[644] = {32'b00010101110011100111111111111000};
assign registers[645] = {32'b0110XXXX11001XXXXX00010000000000};
assign registers[646] = {32'b0110XXXX11001XXXXX00011000000001};
assign registers[647] = {32'b0110XXXX11001XXXXX00100000000010};
assign registers[648] = {32'b0110XXXX11001XXXXX00101000000011};
assign registers[649] = {32'b0110XXXX11001XXXXX00110000000100};
assign registers[650] = {32'b0110XXXX11001XXXXX00111000000101};
assign registers[651] = {32'b0110XXXX11001XXXXX01000000000110};
assign registers[652] = {32'b0110XXXX11001XXXXX01001000000111};
assign registers[653] = {32'b01111010000000000000000000000010};
assign registers[654] = {32'b01111010100000000000000000010101};
assign registers[655] = {32'b00010100101011101010101XXXXXXXXX};
assign registers[656] = {32'b00010100101011010010101XXXXXXXXX};
assign registers[657] = {32'b0110XXXX10101XXXXX10101000000000};
assign registers[658] = {32'b1000000010101XXXXX00111XXXXXXXXX};
assign registers[659] = {32'b01111010000000000000000000000001};
assign registers[660] = {32'b00010100001111010000111XXXXXXXXX};
assign registers[661] = {32'b1000000000111XXXXX10100XXXXXXXXX};
assign registers[662] = {32'b01111010100000000000000000010101};
assign registers[663] = {32'b00010100101011101010101XXXXXXXXX};
assign registers[664] = {32'b01111011000000000000000000000010};
assign registers[665] = {32'b00010100101011011010110XXXXXXXXX};
assign registers[666] = {32'b010100001011010100XXXXX000000000};
assign registers[667] = {32'b01111010000000000000000000000010};
assign registers[668] = {32'b01111010100000000000000000010101};
assign registers[669] = {32'b00010100101011101010101XXXXXXXXX};
assign registers[670] = {32'b00010100101011010010101XXXXXXXXX};
assign registers[671] = {32'b0110XXXX10101XXXXX10101000000000};
assign registers[672] = {32'b010100001101110101XXXXX000000000};
assign registers[673] = {32'b00010101110111101111111111111111};
assign registers[674] = {32'b010100001100100010XXXXX000000000};
assign registers[675] = {32'b010100001100100011XXXXX000000001};
assign registers[676] = {32'b010100001100100100XXXXX000000010};
assign registers[677] = {32'b010100001100100101XXXXX000000011};
assign registers[678] = {32'b010100001100100110XXXXX000000100};
assign registers[679] = {32'b010100001100100111XXXXX000000101};
assign registers[680] = {32'b010100001100101000XXXXX000000110};
assign registers[681] = {32'b010100001100101001XXXXX000000111};
assign registers[682] = {32'b00010101110011100100000000001000};
assign registers[683] = {32'b010100001100101100XXXXX000000000};
assign registers[684] = {32'b010100001100101101XXXXX000000001};
assign registers[685] = {32'b00010101110011100100000000000010};
assign registers[686] = {32'b010100001100111010XXXXX000000000};
assign registers[687] = {32'b00010101110011100100000000000001};
assign registers[688] = {32'b01000001000000000000000000110010};
assign registers[689] = {32'b00010101110011100111111111111111};
assign registers[690] = {32'b0110XXXX11001XXXXX11010000000000};
assign registers[691] = {32'b00010101110011100111111111111110};
assign registers[692] = {32'b0110XXXX11001XXXXX01100000000000};
assign registers[693] = {32'b0110XXXX11001XXXXX01101000000001};
assign registers[694] = {32'b00010101110011100111111111111000};
assign registers[695] = {32'b0110XXXX11001XXXXX00010000000000};
assign registers[696] = {32'b0110XXXX11001XXXXX00011000000001};
assign registers[697] = {32'b0110XXXX11001XXXXX00100000000010};
assign registers[698] = {32'b0110XXXX11001XXXXX00101000000011};
assign registers[699] = {32'b0110XXXX11001XXXXX00110000000100};
assign registers[700] = {32'b0110XXXX11001XXXXX00111000000101};
assign registers[701] = {32'b0110XXXX11001XXXXX01000000000110};
assign registers[702] = {32'b0110XXXX11001XXXXX01001000000111};
assign registers[703] = {32'b01000000000000000000000010011101};
assign registers[704] = {32'b01111010000000000000000000000000};
assign registers[705] = {32'b01111010100000000000000000010101};
assign registers[706] = {32'b00010100101011101010101XXXXXXXXX};
assign registers[707] = {32'b00010100101011010010101XXXXXXXXX};
assign registers[708] = {32'b0110XXXX10101XXXXX10101000000000};
assign registers[709] = {32'b1000000010101XXXXX00111XXXXXXXXX};
assign registers[710] = {32'b01111010000000000000000000000001};
assign registers[711] = {32'b00010110001111010000111XXXXXXXXX};
assign registers[712] = {32'b1000000000111XXXXX10100XXXXXXXXX};
assign registers[713] = {32'b01111010100000000000000000010101};
assign registers[714] = {32'b00010100101011101010101XXXXXXXXX};
assign registers[715] = {32'b01111011000000000000000000000000};
assign registers[716] = {32'b00010100101011011010110XXXXXXXXX};
assign registers[717] = {32'b010100001011010100XXXXX000000000};
assign registers[718] = {32'b01111010000000000000000001101110};
assign registers[719] = {32'b010100001101110100XXXXX000000000};
assign registers[720] = {32'b00010101110111101111111111111111};
assign registers[721] = {32'b010100001100100010XXXXX000000000};
assign registers[722] = {32'b010100001100100011XXXXX000000001};
assign registers[723] = {32'b010100001100100100XXXXX000000010};
assign registers[724] = {32'b010100001100100101XXXXX000000011};
assign registers[725] = {32'b010100001100100110XXXXX000000100};
assign registers[726] = {32'b010100001100100111XXXXX000000101};
assign registers[727] = {32'b010100001100101000XXXXX000000110};
assign registers[728] = {32'b010100001100101001XXXXX000000111};
assign registers[729] = {32'b00010101110011100100000000001000};
assign registers[730] = {32'b010100001100101100XXXXX000000000};
assign registers[731] = {32'b010100001100101101XXXXX000000001};
assign registers[732] = {32'b00010101110011100100000000000010};
assign registers[733] = {32'b010100001100111010XXXXX000000000};
assign registers[734] = {32'b00010101110011100100000000000001};
assign registers[735] = {32'b01000001000000000000000000110010};
assign registers[736] = {32'b00010101110011100111111111111111};
assign registers[737] = {32'b0110XXXX11001XXXXX11010000000000};
assign registers[738] = {32'b00010101110011100111111111111110};
assign registers[739] = {32'b0110XXXX11001XXXXX01100000000000};
assign registers[740] = {32'b0110XXXX11001XXXXX01101000000001};
assign registers[741] = {32'b00010101110011100111111111111000};
assign registers[742] = {32'b0110XXXX11001XXXXX00010000000000};
assign registers[743] = {32'b0110XXXX11001XXXXX00011000000001};
assign registers[744] = {32'b0110XXXX11001XXXXX00100000000010};
assign registers[745] = {32'b0110XXXX11001XXXXX00101000000011};
assign registers[746] = {32'b0110XXXX11001XXXXX00110000000100};
assign registers[747] = {32'b0110XXXX11001XXXXX00111000000101};
assign registers[748] = {32'b0110XXXX11001XXXXX01000000000110};
assign registers[749] = {32'b0110XXXX11001XXXXX01001000000111};
assign registers[750] = {32'b01111010000000000000000000000000};
assign registers[751] = {32'b01111010100000000000000000010101};
assign registers[752] = {32'b00010100101011101010101XXXXXXXXX};
assign registers[753] = {32'b00010100101011010010101XXXXXXXXX};
assign registers[754] = {32'b0110XXXX10101XXXXX10101000000000};
assign registers[755] = {32'b1000000010101XXXXX00010XXXXXXXXX};
assign registers[756] = {32'b01111010000000000000000000000001};
assign registers[757] = {32'b00010100000101010000010XXXXXXXXX};
assign registers[758] = {32'b01111010000000000000000000000010};
assign registers[759] = {32'b01111010100000000000000000010101};
assign registers[760] = {32'b00010100101011101010101XXXXXXXXX};
assign registers[761] = {32'b00010100101011010010101XXXXXXXXX};
assign registers[762] = {32'b0110XXXX10101XXXXX10101000000000};
assign registers[763] = {32'b01000111000101010100001011111101};
assign registers[764] = {32'b01000000000000000000001011111111};
assign registers[765] = {32'b01111010000000000000000000000000};
assign registers[766] = {32'b1000000010100XXXXX00010XXXXXXXXX};
assign registers[767] = {32'b010100001101100010XXXXX000000000};
assign registers[768] = {32'b00010101110111101111111111111111};
assign registers[769] = {32'b010100001100100010XXXXX000000000};
assign registers[770] = {32'b010100001100100011XXXXX000000001};
assign registers[771] = {32'b010100001100100100XXXXX000000010};
assign registers[772] = {32'b010100001100100101XXXXX000000011};
assign registers[773] = {32'b010100001100100110XXXXX000000100};
assign registers[774] = {32'b010100001100100111XXXXX000000101};
assign registers[775] = {32'b010100001100101000XXXXX000000110};
assign registers[776] = {32'b010100001100101001XXXXX000000111};
assign registers[777] = {32'b00010101110011100100000000001000};
assign registers[778] = {32'b010100001100101100XXXXX000000000};
assign registers[779] = {32'b010100001100101101XXXXX000000001};
assign registers[780] = {32'b00010101110011100100000000000010};
assign registers[781] = {32'b010100001100111010XXXXX000000000};
assign registers[782] = {32'b00010101110011100100000000000001};
assign registers[783] = {32'b01000001000000000000000000110010};
assign registers[784] = {32'b00010101110011100111111111111111};
assign registers[785] = {32'b0110XXXX11001XXXXX11010000000000};
assign registers[786] = {32'b00010101110011100111111111111110};
assign registers[787] = {32'b0110XXXX11001XXXXX01100000000000};
assign registers[788] = {32'b0110XXXX11001XXXXX01101000000001};
assign registers[789] = {32'b00010101110011100111111111111000};
assign registers[790] = {32'b0110XXXX11001XXXXX00010000000000};
assign registers[791] = {32'b0110XXXX11001XXXXX00011000000001};
assign registers[792] = {32'b0110XXXX11001XXXXX00100000000010};
assign registers[793] = {32'b0110XXXX11001XXXXX00101000000011};
assign registers[794] = {32'b0110XXXX11001XXXXX00110000000100};
assign registers[795] = {32'b0110XXXX11001XXXXX00111000000101};
assign registers[796] = {32'b0110XXXX11001XXXXX01000000000110};
assign registers[797] = {32'b0110XXXX11001XXXXX01001000000111};
assign registers[798] = {32'b01111010000000000000000000000111};
assign registers[799] = {32'b0010XXXX1010000010XXXXXXXXXXXXXX};
assign registers[800] = {32'b10000010XXXXXXXXXX00111XXXXXXXXX};
assign registers[801] = {32'b01111010000000000000000000000101};
assign registers[802] = {32'b00010100001111010000111XXXXXXXXX};
assign registers[803] = {32'b01111010000000000000000000000001};
assign registers[804] = {32'b00010100001111010001000XXXXXXXXX};
assign registers[805] = {32'b01111010000000000000000000000001};
assign registers[806] = {32'b00010100010001010001001XXXXXXXXX};
assign registers[807] = {32'b01111010000000000000000000010101};
assign registers[808] = {32'b00010100101001101010100XXXXXXXXX};
assign registers[809] = {32'b00010100101000011110100XXXXXXXXX};
assign registers[810] = {32'b0110XXXX10100XXXXX10100000000000};
assign registers[811] = {32'b010100001101110100XXXXX000000000};
assign registers[812] = {32'b00010101110111101111111111111111};
assign registers[813] = {32'b01111010000000000000000000010101};
assign registers[814] = {32'b00010100101001101010100XXXXXXXXX};
assign registers[815] = {32'b00010100101000100010100XXXXXXXXX};
assign registers[816] = {32'b0110XXXX10100XXXXX10100000000000};
assign registers[817] = {32'b010100001101110100XXXXX000000000};
assign registers[818] = {32'b00010101110111101111111111111111};
assign registers[819] = {32'b01111010000000000000000000010101};
assign registers[820] = {32'b00010100101001101010100XXXXXXXXX};
assign registers[821] = {32'b00010100101000100110100XXXXXXXXX};
assign registers[822] = {32'b0110XXXX10100XXXXX10100000000000};
assign registers[823] = {32'b010100001101110100XXXXX000000000};
assign registers[824] = {32'b00010101110111101111111111111111};
assign registers[825] = {32'b010100001100100010XXXXX000000000};
assign registers[826] = {32'b010100001100100011XXXXX000000001};
assign registers[827] = {32'b010100001100100100XXXXX000000010};
assign registers[828] = {32'b010100001100100101XXXXX000000011};
assign registers[829] = {32'b010100001100100110XXXXX000000100};
assign registers[830] = {32'b010100001100100111XXXXX000000101};
assign registers[831] = {32'b010100001100101000XXXXX000000110};
assign registers[832] = {32'b010100001100101001XXXXX000000111};
assign registers[833] = {32'b00010101110011100100000000001000};
assign registers[834] = {32'b010100001100101100XXXXX000000000};
assign registers[835] = {32'b010100001100101101XXXXX000000001};
assign registers[836] = {32'b00010101110011100100000000000010};
assign registers[837] = {32'b010100001100111010XXXXX000000000};
assign registers[838] = {32'b00010101110011100100000000000001};
assign registers[839] = {32'b01000001000000000000000001011011};
assign registers[840] = {32'b00010101110011100111111111111111};
assign registers[841] = {32'b0110XXXX11001XXXXX11010000000000};
assign registers[842] = {32'b00010101110011100111111111111110};
assign registers[843] = {32'b0110XXXX11001XXXXX01100000000000};
assign registers[844] = {32'b0110XXXX11001XXXXX01101000000001};
assign registers[845] = {32'b00010101110011100111111111111000};
assign registers[846] = {32'b0110XXXX11001XXXXX00010000000000};
assign registers[847] = {32'b0110XXXX11001XXXXX00011000000001};
assign registers[848] = {32'b0110XXXX11001XXXXX00100000000010};
assign registers[849] = {32'b0110XXXX11001XXXXX00101000000011};
assign registers[850] = {32'b0110XXXX11001XXXXX00110000000100};
assign registers[851] = {32'b0110XXXX11001XXXXX00111000000101};
assign registers[852] = {32'b0110XXXX11001XXXXX01000000000110};
assign registers[853] = {32'b0110XXXX11001XXXXX01001000000111};
assign registers[854] = {32'b01111010000000000000000010010110};
assign registers[855] = {32'b010100001101110100XXXXX000000000};
assign registers[856] = {32'b00010101110111101111111111111111};
assign registers[857] = {32'b010100001100100010XXXXX000000000};
assign registers[858] = {32'b010100001100100011XXXXX000000001};
assign registers[859] = {32'b010100001100100100XXXXX000000010};
assign registers[860] = {32'b010100001100100101XXXXX000000011};
assign registers[861] = {32'b010100001100100110XXXXX000000100};
assign registers[862] = {32'b010100001100100111XXXXX000000101};
assign registers[863] = {32'b010100001100101000XXXXX000000110};
assign registers[864] = {32'b010100001100101001XXXXX000000111};
assign registers[865] = {32'b00010101110011100100000000001000};
assign registers[866] = {32'b010100001100101100XXXXX000000000};
assign registers[867] = {32'b010100001100101101XXXXX000000001};
assign registers[868] = {32'b00010101110011100100000000000010};
assign registers[869] = {32'b010100001100111010XXXXX000000000};
assign registers[870] = {32'b00010101110011100100000000000001};
assign registers[871] = {32'b01000001000000000000000000110010};
assign registers[872] = {32'b00010101110011100111111111111111};
assign registers[873] = {32'b0110XXXX11001XXXXX11010000000000};
assign registers[874] = {32'b00010101110011100111111111111110};
assign registers[875] = {32'b0110XXXX11001XXXXX01100000000000};
assign registers[876] = {32'b0110XXXX11001XXXXX01101000000001};
assign registers[877] = {32'b00010101110011100111111111111000};
assign registers[878] = {32'b0110XXXX11001XXXXX00010000000000};
assign registers[879] = {32'b0110XXXX11001XXXXX00011000000001};
assign registers[880] = {32'b0110XXXX11001XXXXX00100000000010};
assign registers[881] = {32'b0110XXXX11001XXXXX00101000000011};
assign registers[882] = {32'b0110XXXX11001XXXXX00110000000100};
assign registers[883] = {32'b0110XXXX11001XXXXX00111000000101};
assign registers[884] = {32'b0110XXXX11001XXXXX01000000000110};
assign registers[885] = {32'b0110XXXX11001XXXXX01001000000111};
assign registers[886] = {32'b10110010XXXXXXXXXXXXXXXXXXXXXXXX};
assign registers[887] = {32'b00000001000000000000000000000000};
assign registers[888] = {32'b11111111111111111111111111111111};*/

endmodule